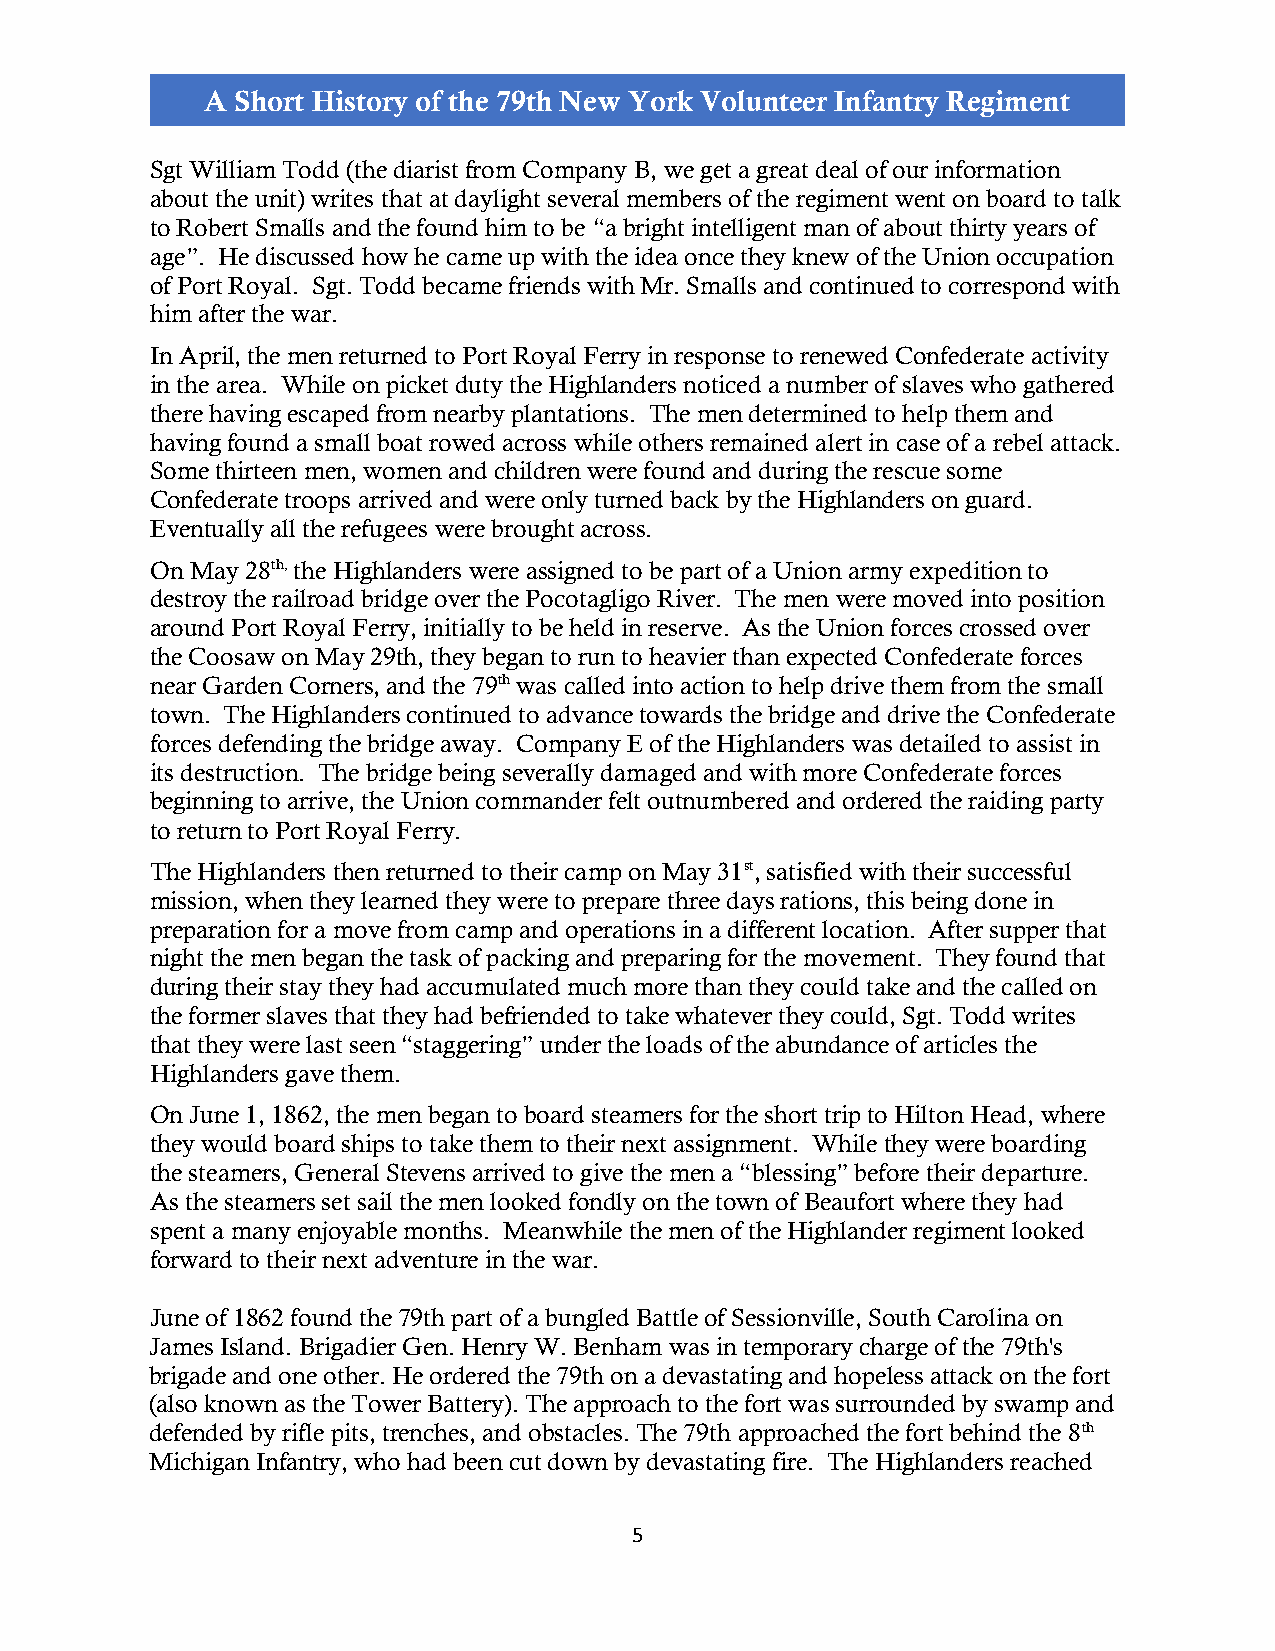
A Short History of the 79th New York Volunteer Infantry Regiment
 Sgt William Todd (the diarist from Company B, we get a great deal of our information
 about the unit) writes that at daylight several members of the regiment went on board to talk
 to Robert Smalls and the found him to be “a bright intelligent man of about thirty years of
 age”. He discussed how he came up with the idea once they knew of the Union occupation
 of Port Royal. Sgt. Todd became friends with Mr. Smalls and continued to correspond with
 him after the war.
 In April, the men returned to Port Royal Ferry in response to renewed Confederate activity
 in the area. While on picket duty the Highlanders noticed a number of slaves who gathered
 there having escaped from nearby plantations. The men determined to help them and
 having found a small boat rowed across while others remained alert in case of a rebel attack.
 Some thirteen men, women and children were found and during the rescue some
 Confederate troops arrived and were only turned back by the Highlanders on guard.
 Eventually all the refugees were brought across.
 On May 28th, the Highlanders were assigned to be part of a Union army expedition to
 destroy the railroad bridge over the Pocotagligo River. The men were moved into position
 around Port Royal Ferry, initially to be held in reserve. As the Union forces crossed over
 the Coosaw on May 29th, they began to run to heavier than expected Confederate forces
 near Garden Corners, and the 79th was called into action to help drive them from the small
 town. The Highlanders continued to advance towards the bridge and drive the Confederate
 forces defending the bridge away. Company E of the Highlanders was detailed to assist in
 its destruction. The bridge being severally damaged and with more Confederate forces
 beginning to arrive, the Union commander felt outnumbered and ordered the raiding party
 to return to Port Royal Ferry.
 The Highlanders then returned to their camp on May 31st, satisfied with their successful
 mission, when they learned they were to prepare three days rations, this being done in
 preparation for a move from camp and operations in a different location. After supper that
 night the men began the task of packing and preparing for the movement. They found that
 during their stay they had accumulated much more than they could take and the called on
 the former slaves that they had befriended to take whatever they could, Sgt. Todd writes
 that they were last seen “staggering” under the loads of the abundance of articles the
 Highlanders gave them.
 On June 1, 1862, the men began to board steamers for the short trip to Hilton Head, where
 they would board ships to take them to their next assignment. While they were boarding
 the steamers, General Stevens arrived to give the men a “blessing” before their departure.
 As the steamers set sail the men looked fondly on the town of Beaufort where they had
 spent a many enjoyable months. Meanwhile the men of the Highlander regiment looked
 forward to their next adventure in the war.
 June of 1862 found the 79th part of a bungled Battle of Sessionville, South Carolina on
 James Island. Brigadier Gen. Henry W. Benham was in temporary charge of the 79th's
 brigade and one other. He ordered the 79th on a devastating and hopeless attack on the fort
 (also known as the Tower Battery). The approach to the fort was surrounded by swamp and
 defended by rifle pits, trenches, and obstacles. The 79th approached the fort behind the 8th
 Michigan Infantry, who had been cut down by devastating fire. The Highlanders reached
 5